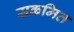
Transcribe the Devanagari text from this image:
सक्रमित